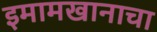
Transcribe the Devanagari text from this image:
इमामखानाचा